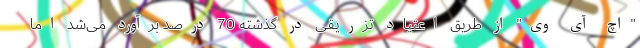
"اچ آی وی" از طریق اعتیاد تزریقی در گذشته 70 درصد برآورد می‌‌شد اما